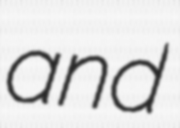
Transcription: and